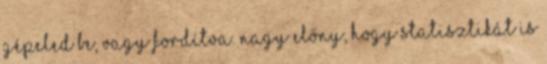
gépeled be, vagy fordítva. Nagy előny, hogy statisztikát is